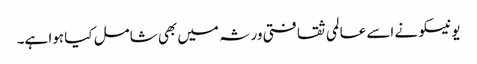
یونیسکو نے اسے عالمی ثقافتی ورثہ میں بھی شامل کیا ہوا ہے۔